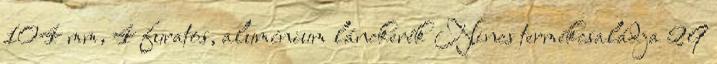
104 mm, 4 furatos, alumínium lánckerék Nincs termékcsaládja 29